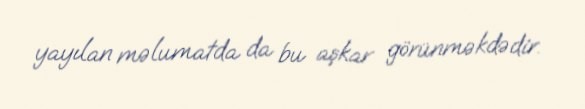
yayılan məlumatda da bu aşkar görünməkdədir.